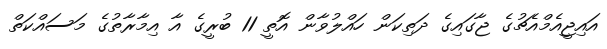
އައިޖީއެމްއެޗުގެ ޖާގައިގެ ދަތިކަން ހައްލުވާން އޮތީ 11 ބުރީގެ އާ އިމާރާތުގެ މަސައްކަތް